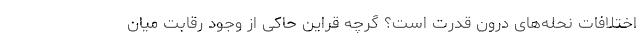
اختلافات نحله‌های درون قدرت است؟ گرچه قراین حاکی از وجود رقابت میان